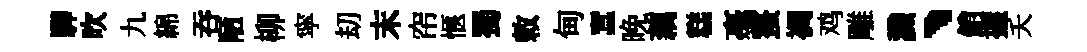
驊吹九綿吞陋柳寜刧末帘愜蜀敕甸蠶晚藕糕毫螯裯鸡雕識、銷握夭